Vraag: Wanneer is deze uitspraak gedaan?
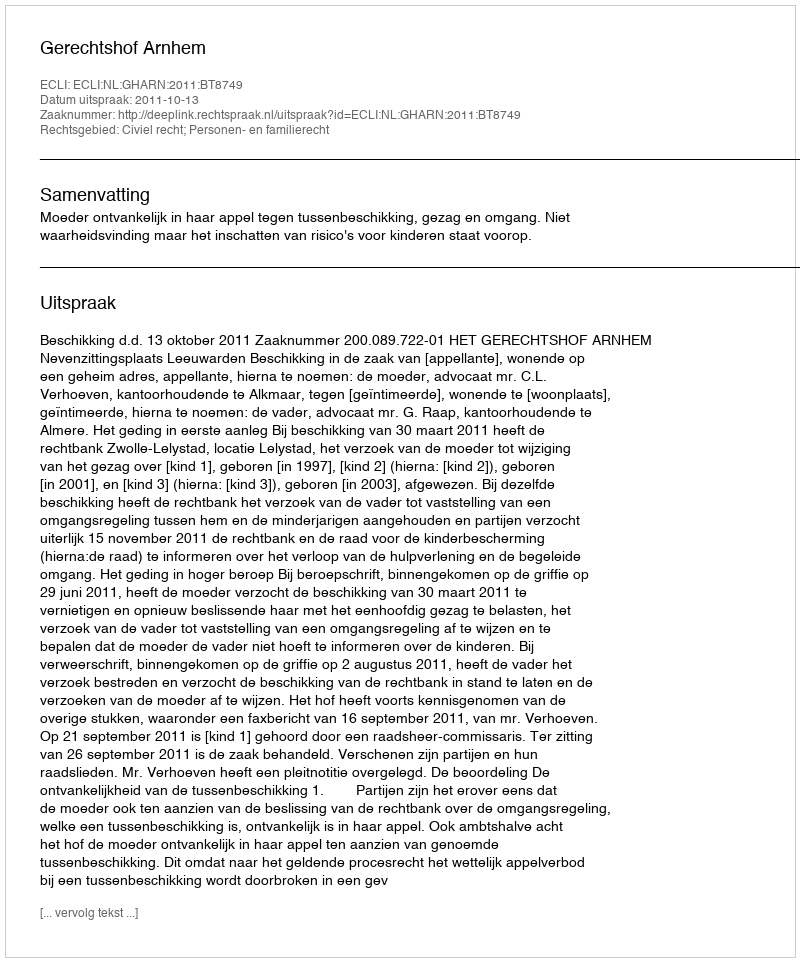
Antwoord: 2011-10-13